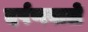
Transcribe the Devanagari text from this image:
दर्पणवाले